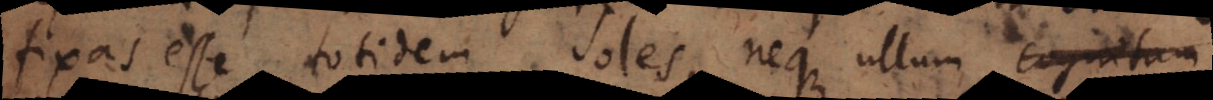
fixas esse totidem soles, neque ullum cognitum